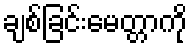
ချစ်ခြင်းမေတ္တာကို